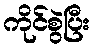
ကိုင်စွဲပြီး